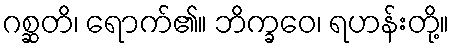
ဂစ္ဆတိ၊ ရောက်၏။ ဘိက္ခဝေ၊ ရဟန်းတို့။